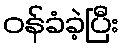
ဝန်ခံခဲ့ပြီး